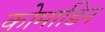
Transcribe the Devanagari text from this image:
कोमाडिन